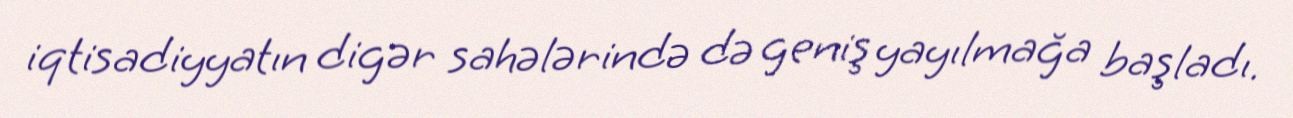
iqtisadiyyatın digər sahələrində də geniş yayılmağa başladı.